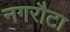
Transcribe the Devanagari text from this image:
नगरौटा